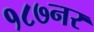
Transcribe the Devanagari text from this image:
१८७नर